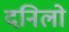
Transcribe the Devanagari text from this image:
दनिलो